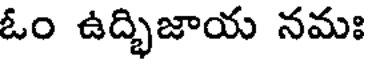
ఓం ఉద్భిజాయ నమః